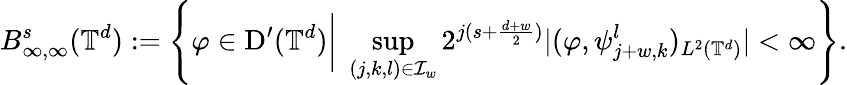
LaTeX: B_{\infty,\infty}^{s}(\mathbb{T}^{d}):=\left\{ \varphi\in\mathrm D^{\prime}(\mathbb{T}^{d})\bigg|\; \operatorname*{sup}_{(j,k,l)\in\mathcal{I}_{w}}2^{j(s+\frac{d+w}{2})}|(\varphi,\psi_{j+w,k}^{l})_{L^{2}(\mathbb{T}^{d})}|<\infty\right\} .